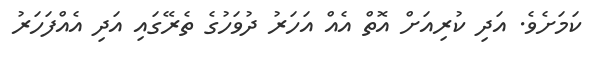
ކަމަށެވެ. އަދި ކުރިއަށް އޮތް އެއް އަހަރު ދުވަހުގެ ތެރޭގައި އަދި އެއްފަހަރު